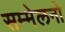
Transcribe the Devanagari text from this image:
सम्मेलनो